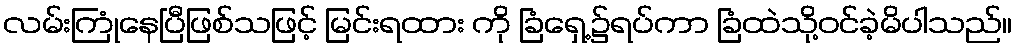
လမ်းကြုံနေပြီဖြစ်သဖြင့် မြင်းရထား ကို ခြံရှေ့၌ရပ်ကာ ခြံထဲသို့ဝင်ခဲ့မိပါသည်။